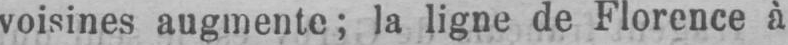
voisines augmente; la ligne de Florence à